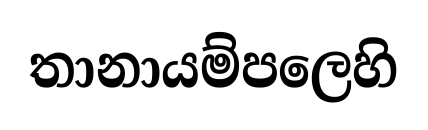
තානායම්පලෙහි